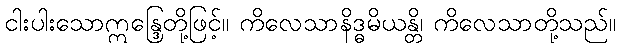
ငါးပါးသောဣန္ဒြေတို့ဖြင့်။ ကိလေသာနိဒ္ဓမိယန္တိ၊ ကိလေသာတို့သည်။